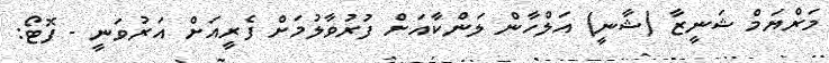
މަރްޔަމް ޝަނީޒާ (ޝާނީ) އަލްހާން ލަންކާއަށް ފުރުވާލުމަށް ފެރީއަށް އަރުވަނީ - ފޮޓޯ: